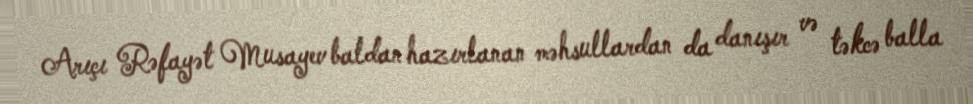
Arıçı Rəfayət Musayev baldan hazırlanan məhsullardan da danışır və təkcə balla